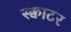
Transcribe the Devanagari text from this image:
स्क्वाटर